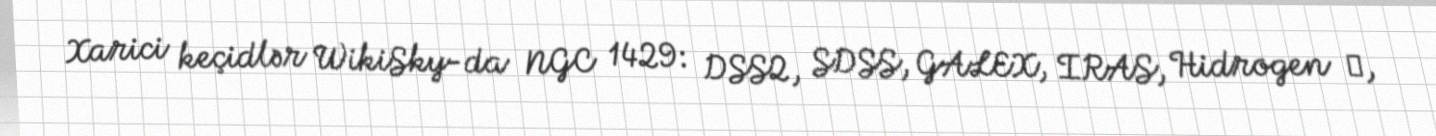
Xarici keçidlər WikiSky-da NGC 1429: DSS2, SDSS, GALEX, IRAS, Hidrogen α,